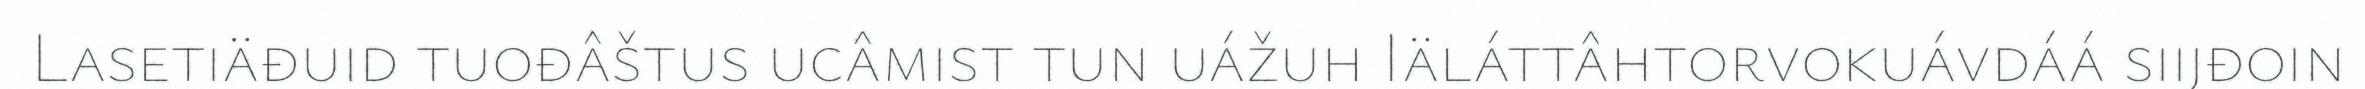
Lasetiäđuid tuođâštus ucâmist tun uážuh Iäláttâhtorvokuávdáá siijđoin